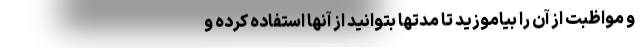
و مواظبت از آن را بیاموزید تا مدتها بتوانید از آنها استفاده کرده و